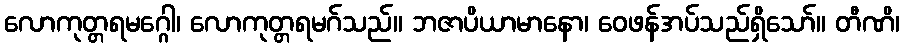
လောကုတ္တရမဂ္ဂေါ၊ လောကုတ္တရမဂ်သည်။ ဘဇာပိယာမာနော၊ ဝေဖန်အပ်သည်ရှိသော်။ တီဏိ၊